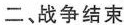
二、战争结束